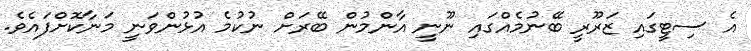
އެ ސިޓީގައި ޒަރޫރީ ބޭނުމެއްގައި ނޫނީ އާންމުން ބޭރަށް ނުކުމެ އުޅުންވަނީ މަނާކޮށްފައެވެ.